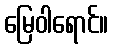
မြေဝါရောင်။